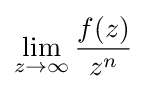
\lim _{z\to \infty }{\frac {f(z)}{z^{n}}}